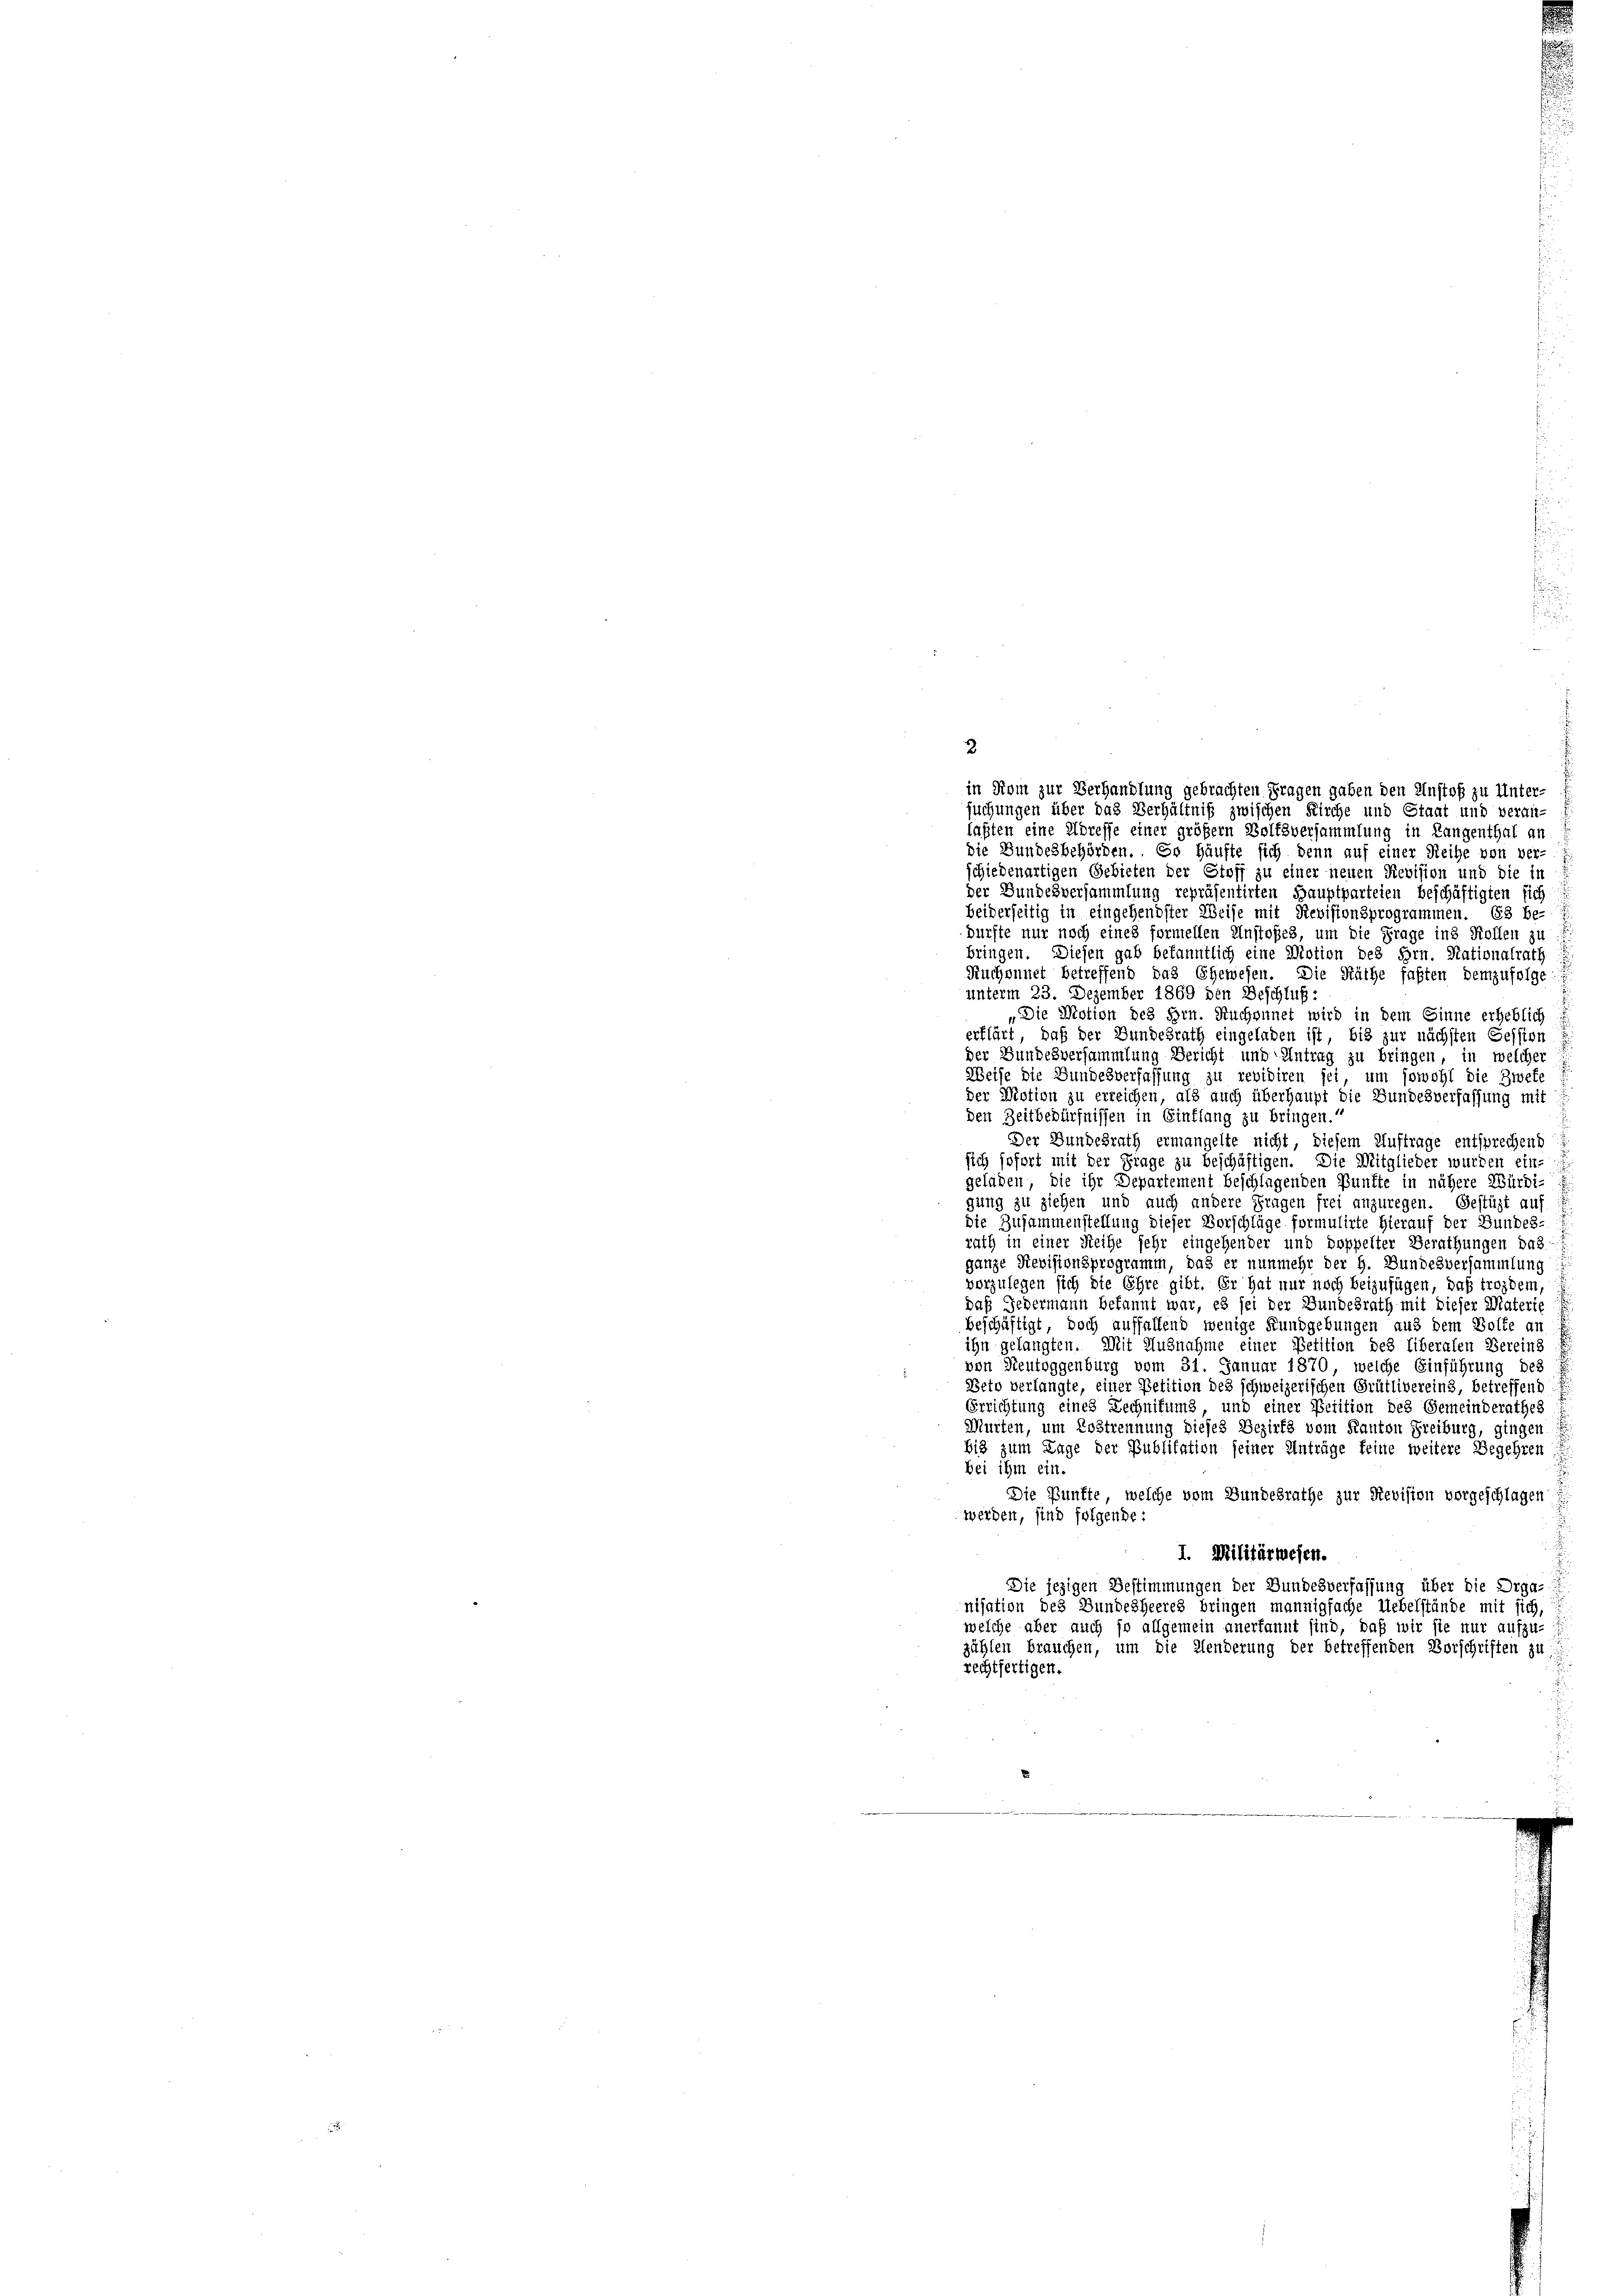
2.
in Rom zur Verhandlung gebrachten Fragen gaben den Anstoß zu Unter-
suchungen über das Verhältniß zwischen Kirche und Staat und veranlaßten eine Adresse einer größern Bolfsversammlung in Langenthal an
die Bundesbehörden. Er häufte sich denn auf einer Reihe von ver-
schiedenartigen Gebieten der Stoff zu einer neuen Revision und die in
der Bundesversammlung repräsentirten Hauptparteien beschäftigten sich
beiderseitig in eingehendster Weise mit Revisionsprogrammen. Es be-
dürfte nur noch eines formellen Unstoßes, um die Frage ins Kollen zu
bringen. Diesen gab bekanntlich eine Motion des Hrn. Nationalrath
Ruchennet betreffend das Ehewesen. Die Räthe faßten demzufolge
unterm 23. Dezember 1869 den Beschluß:
Die Motion des Hrn. Ruchounet wird in dem Sinne erheblich
erklärt, daß der Bundesrath eingeladen ist, bis zur nächsten Session
der Bundesversammlung Bericht und Antrag zu bringen, in welcher
Weise die Bundesverfassung zu revidiren sei, um sowohl die Zwefe
der Motion zu erreichen, als auch überhaupt die Bundesverfassung mit
den Zeitbedürfnissen in Einflang zu bringen.
Der Bundesrath ermangelte nicht, diesem Auftrage entsprechend
sich sofort mit der Frage zu beschäftigen. Die Mitglieder wurden ein-
geladen, die ihr Departement beschlagenden Bünfte in nähere Würdi-
gung zu ziehen und auch andere Fragen frei anzuregen. Gestüzt auf
die Zusammenstellung dieser Vorschläge formulirte hierauf der Bundes-
rath in einer Reihe sehr eingehender und doppelter Berathungen das
ganze Revisionsprogramm, das er nunmehr der H. Bundesversammlung
vorzulegen sich die Ehre gibt. Er hat nur noch beizufügen, daß trozdem,
daß Jedermann bekannt war, es sei der Bundesrath mit dieser Materie
beschäftigt, doch auffallend wenige Rundgebungen aus dem Bolte an
ihn gelangten. Mit Ausnahme einer Petition des Liberalen Bereins
von Neutoggenburg vom 31. Januar 1870, welche Einführung des
Betn verlangte, einer Petition des schweizerischen Grütlivereins, betreffend
Errichtung eines Rechnikums und einer Petition des Gemeinderathes
Murten, um Lostrennung dieses Bezirks vom Kanton Freiburg, gingen i
bis zum Lage der Publikation seiner Anträge feine weitere Begehren
bei ihm ein.
Die Punkte, welche vom Bundesrathe zur Revision vorgeschlagen
werden, sind folgende:
I. Militärwesen.
Die jezigen Bestimmungen der Bundesverfassung über die Orga-
nisation des Bundesheeres bringen mannigfache Uebelstände mit sich,
welche aber auch so allgemein anerkannt sind, daß wir sie nur aufzu-
zählen brauchen, um die Aenderung der betreffenden Vorschriften zu
rechtfertigen.